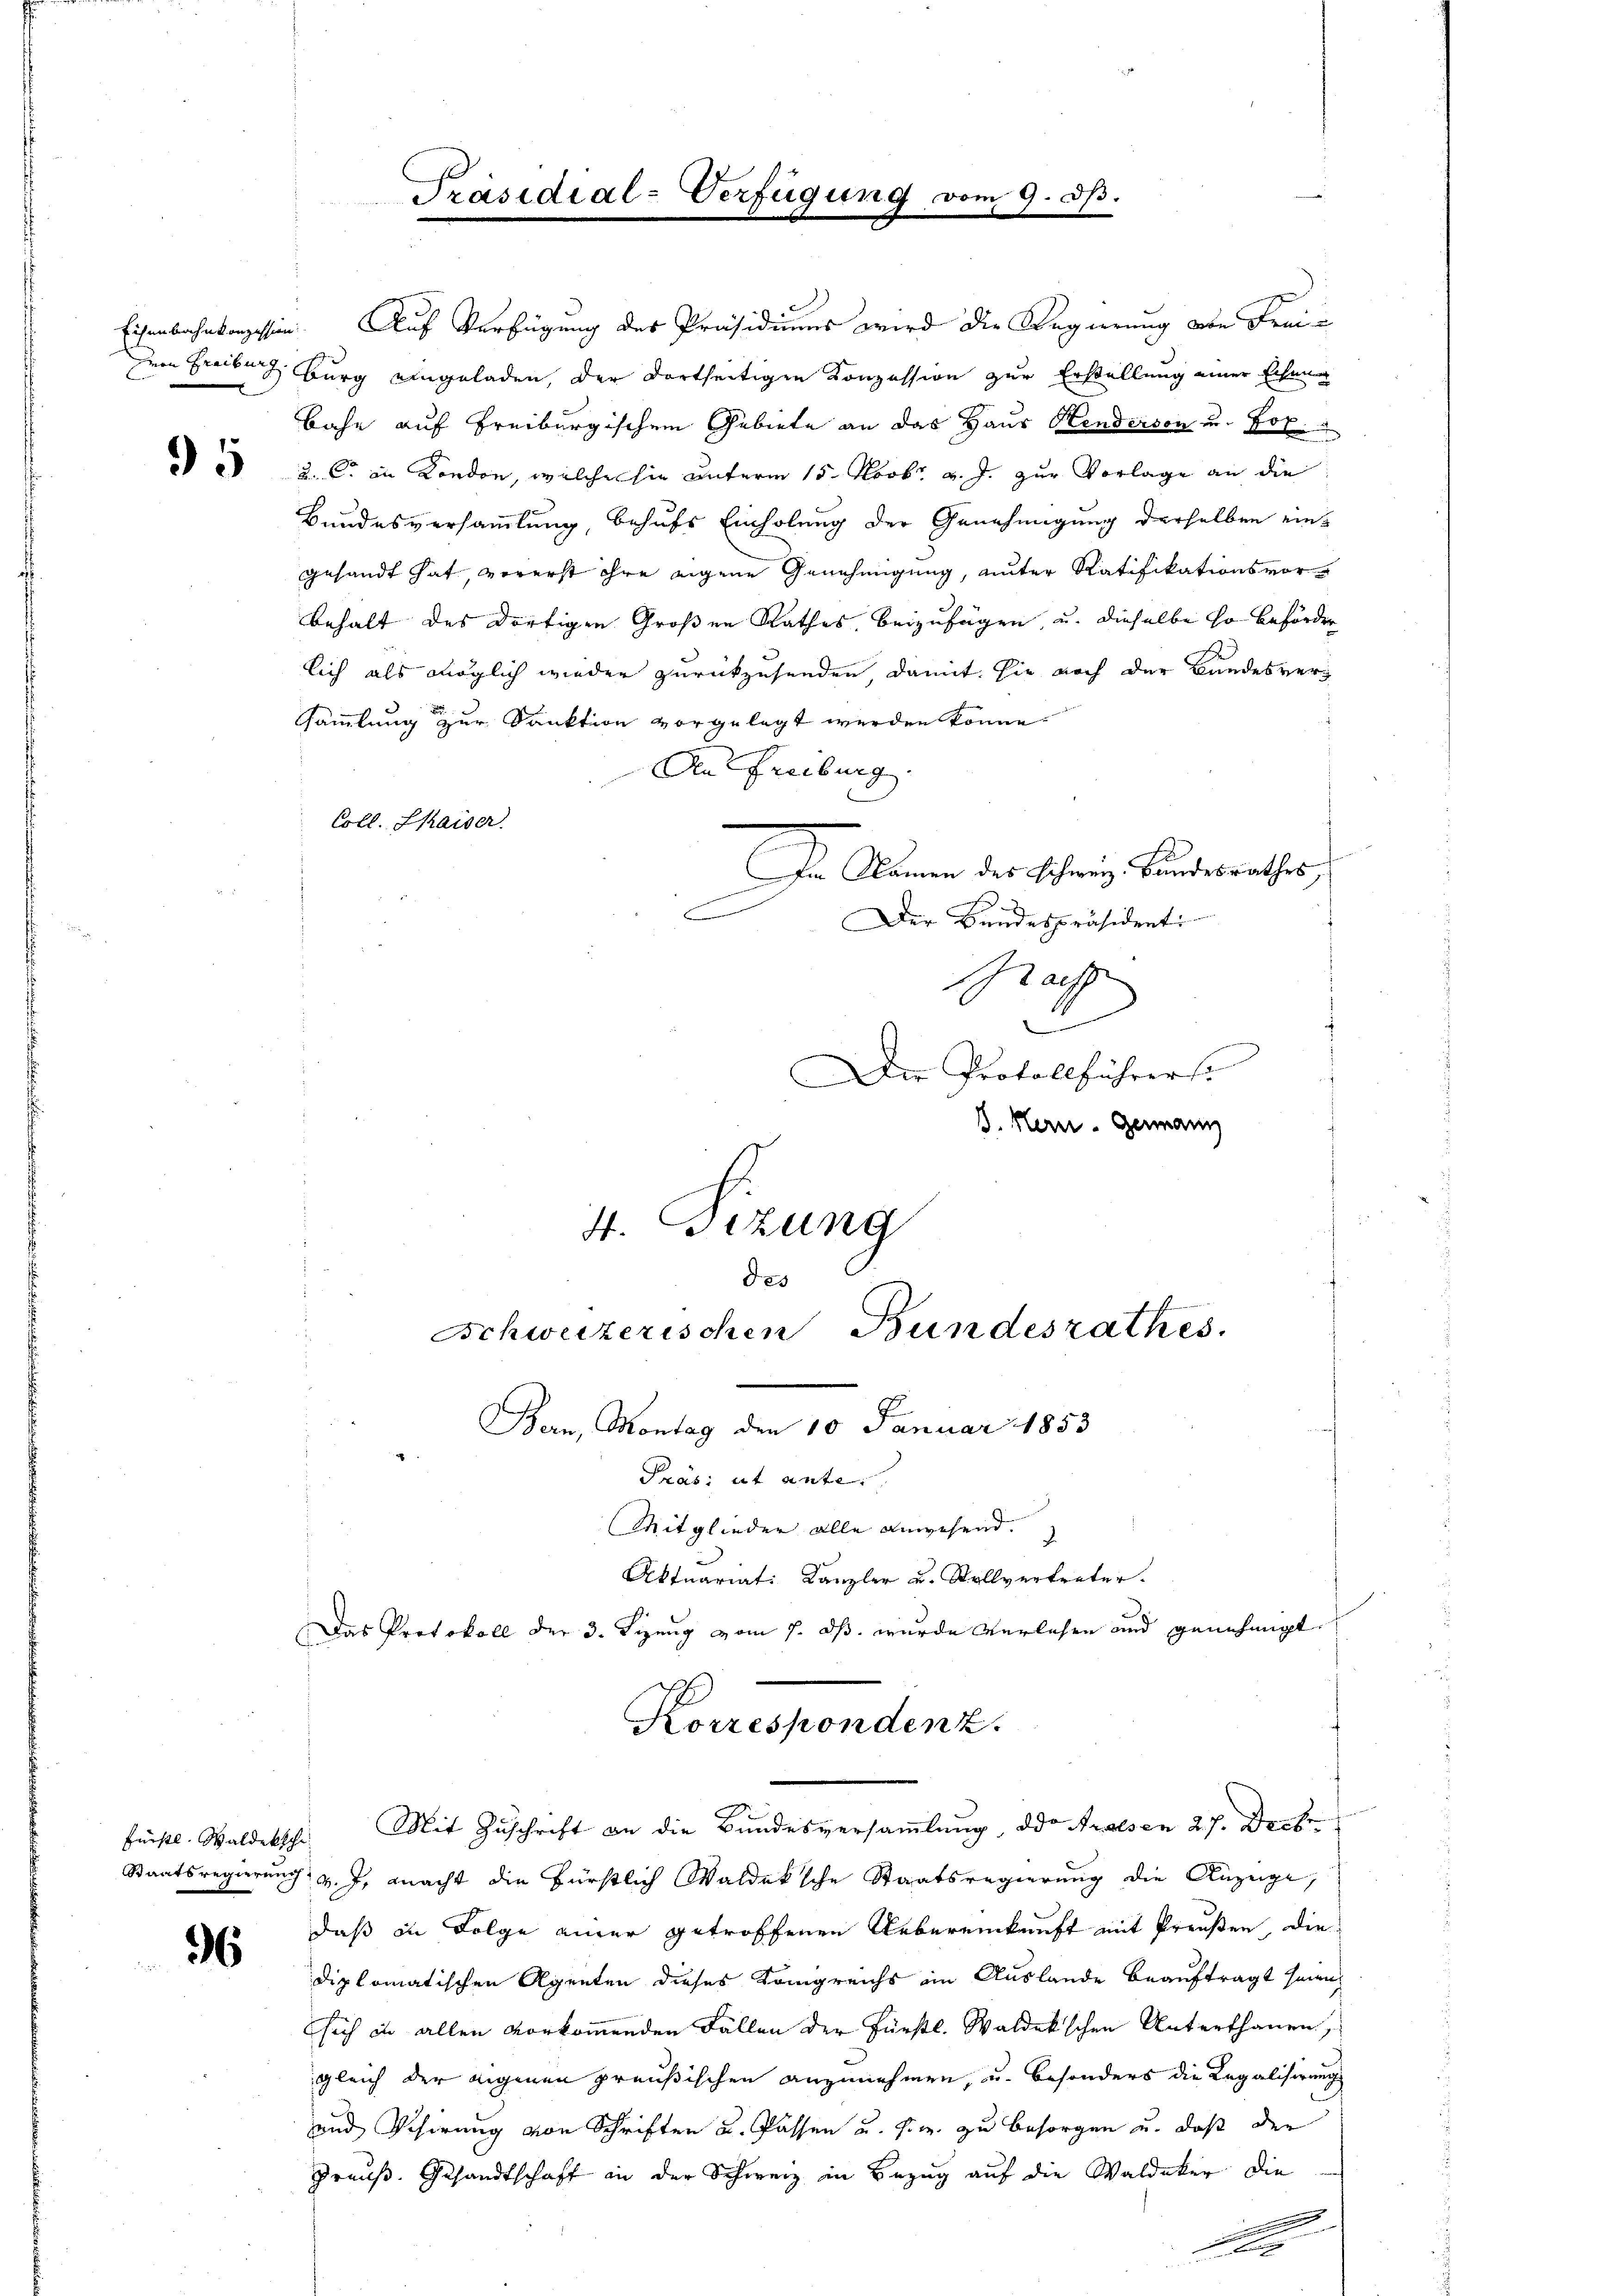
95

Fürstl. Waldeksche

96

Eisenbahnkonzession. Auf Verfügung der Präsidiums wird die Regierung die Frei¬
Her Freiben Burg eingeladen, der dortseitigen Konzession zur Erstellung einer Eicheng
Bahn auf Freiburgischem Gebiete an das Haus Hendersen u. Joh.
u. C. in Kondon, welche sie unterm 15. Novbr. v. J. zur Vorlage an die
Bundesversammlung, behufs Einholung der Genehmigung derselben eingesandt hat, vorerst ihre eigene Genehmigung, unter Ratifikationsvorbehalt des dortigen Großen Rathes beizufügen, u. dieselbe so beförder
lich als möglich wieder zurückzusenden, damit sie noch der Bandesversammlung zur Sanktion vorgelegt werden könne.
An Freiburg
Coll. Chaiser
Dr Namen des Schweiz. Bundesrathes,
C
Der Bundespräsident
achf
B
Der Protollführers
D. Mern. Germann
4. Sizung

Präsidial-Verfügung vom 9. d.

3

Aktuariat: Kanzler u. Stellvertreter.
Das Protokoll der 3. Lizeug vom 7. ds. wurde verlesen und genehmigt.
Korrespondenz.

Bern, Montag den 10 Januar 1853
Pras: ut ante
Mitglieder alle Anwesend.
Mit Zuschrift an die Bundesversammlung, der Arolsen 27. Decbr.
Staatsregierung v. J. macht die Fürstlich Waldeksche Staatsregierung die Anzeige,
daß in Folge einer getroffenen Uebereinkunft mit Preußen, die
diplomatischen Agenten dieses Königreichs im Auslande beauftragt seien.
sich in allen vorkommenden Fällen der Fürstl. Waldek'schen Unterthanen,
gleich der eigenen preußischen anzunehmen, u. besonders die Legalisirung
und Visirung von Schriften u. Passen u. s. w. zu besorgen u. daß der
Preuß. Gesandtschaft an der Schweiz in Bezug auf die Waldeker die
n
x

des
Schweizerischen Bundesrathes.